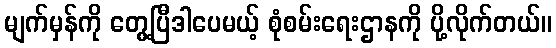
မျက်မှန်ကို တွေ့ပြီဒါပေမယ့် စုံစမ်းရေးဌာနကို ပို့လိုက်တယ်။